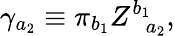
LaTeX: \gamma_{a_{2}}\equiv\pi_{b_{1}}Z_{\; \; a_{2}}^{b_{1}},